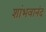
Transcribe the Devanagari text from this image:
शांभवानंद